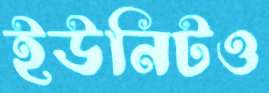
ইউনিটও